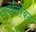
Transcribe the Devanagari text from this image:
अर्थसोबत